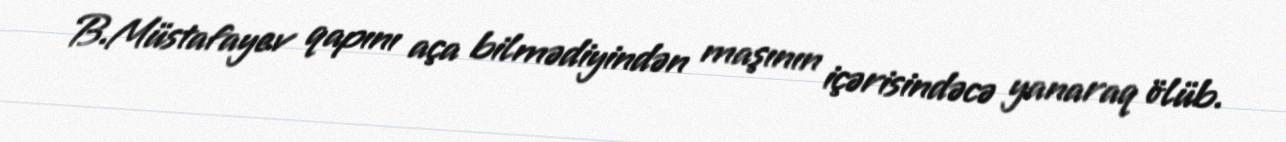
B.Müstafayev qapını aça bilmədiyindən maşının içərisindəcə yanaraq ölüb.